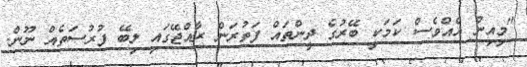
"މިއިން އެއްވެސް ކަމަކީ ބޭރުގެ ދީންތައް ފަތުރަން ރާއްޖޭގައި ލިބޭ ފުރުސަތެއް ނޫން.